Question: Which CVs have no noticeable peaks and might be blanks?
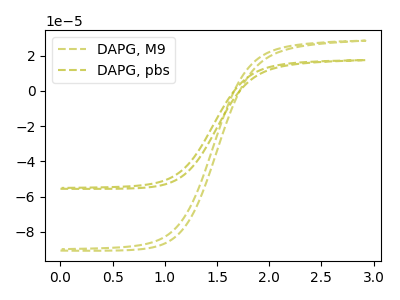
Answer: <think>The olive dashed curve "DAPG, M9" has no peaks. The olive dashed curve "DAPG, pbs" has no peaks.</think>
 <answer>"DAPG, M9" and "DAPG, pbs" are likely to be blanks.</answer>
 <eval>"DAPG, M9", "DAPG, pbs"</eval>